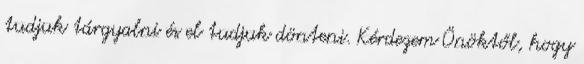
tudjuk tárgyalni és el tudjuk dönteni. Kérdezem Önöktől, hogy